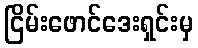
ငြိမ်းဖောင်ဒေးရှင်းမှ